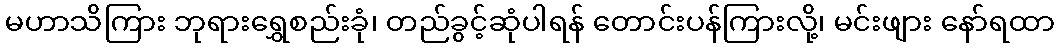
မဟာသိကြား ဘုရားရွှေစည်းခုံ၊ တည်ခွင့်ဆုံပါရန် တောင်းပန်ကြားလို့၊ မင်းဖျား နော်ရထာ